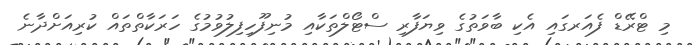
މި ޓްރޭޑް ފެއަރގައި އެކި ބާވަތުގެ ވިޔަފާރި ސްޓޯލްތަކާއި މުނިފޫހިފިލުވުމުގެ ހަރަކާތްތައް ކުރިއަށްދާނެ